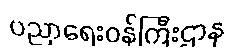
ပညာရေးဝန်ကြီးဌာန